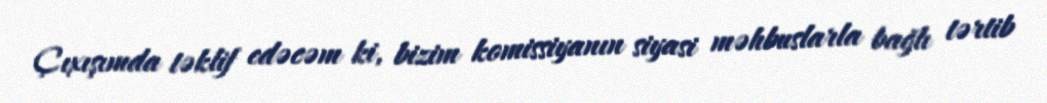
Çıxışımda təklif edəcəm ki, bizim komissiyanın siyasi məhbuslarla bağlı tərtib